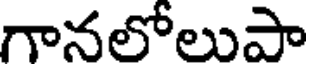
గానలోలుపా